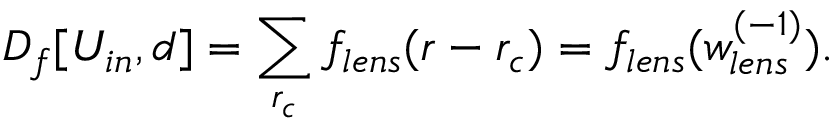
D _ { f } [ U _ { i n } , d ] = \sum _ { r _ { c } } f _ { l e n s } ( r - r _ { c } ) = f _ { l e n s } ( w _ { l e n s } ^ { ( - 1 ) } ) .